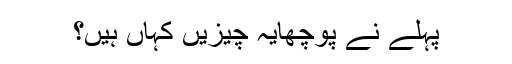
پہلے نے پوچھایہ چیزیں کہاں ہیں؟